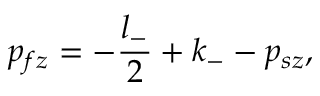
p _ { f z } = - { \frac { l _ { - } } { 2 } } + k _ { - } - p _ { s z } ,